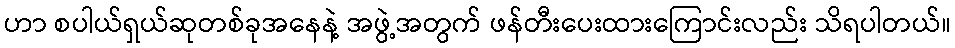
ဟာ စပါယ်ရှယ်ဆုတစ်ခုအနေနဲ့ အဖွဲ့အတွက် ဖန်တီးပေးထားကြောင်းလည်း သိရပါတယ်။